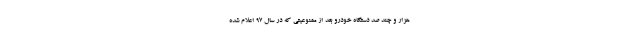
هزار و چند صد دستگاه خودرو بعد از ممنوعیتی که در سال ۹۷ اعلام شده